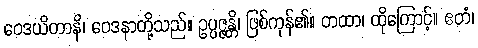
ဝေဒယိတာနိ၊ ဝေဒနာတို့သည်။ ဥပ္ပဇ္ဇန္တိ၊ ဖြစ်ကုန်၏။ တထာ၊ ထိုကြောင့်။ ဧတံ၊